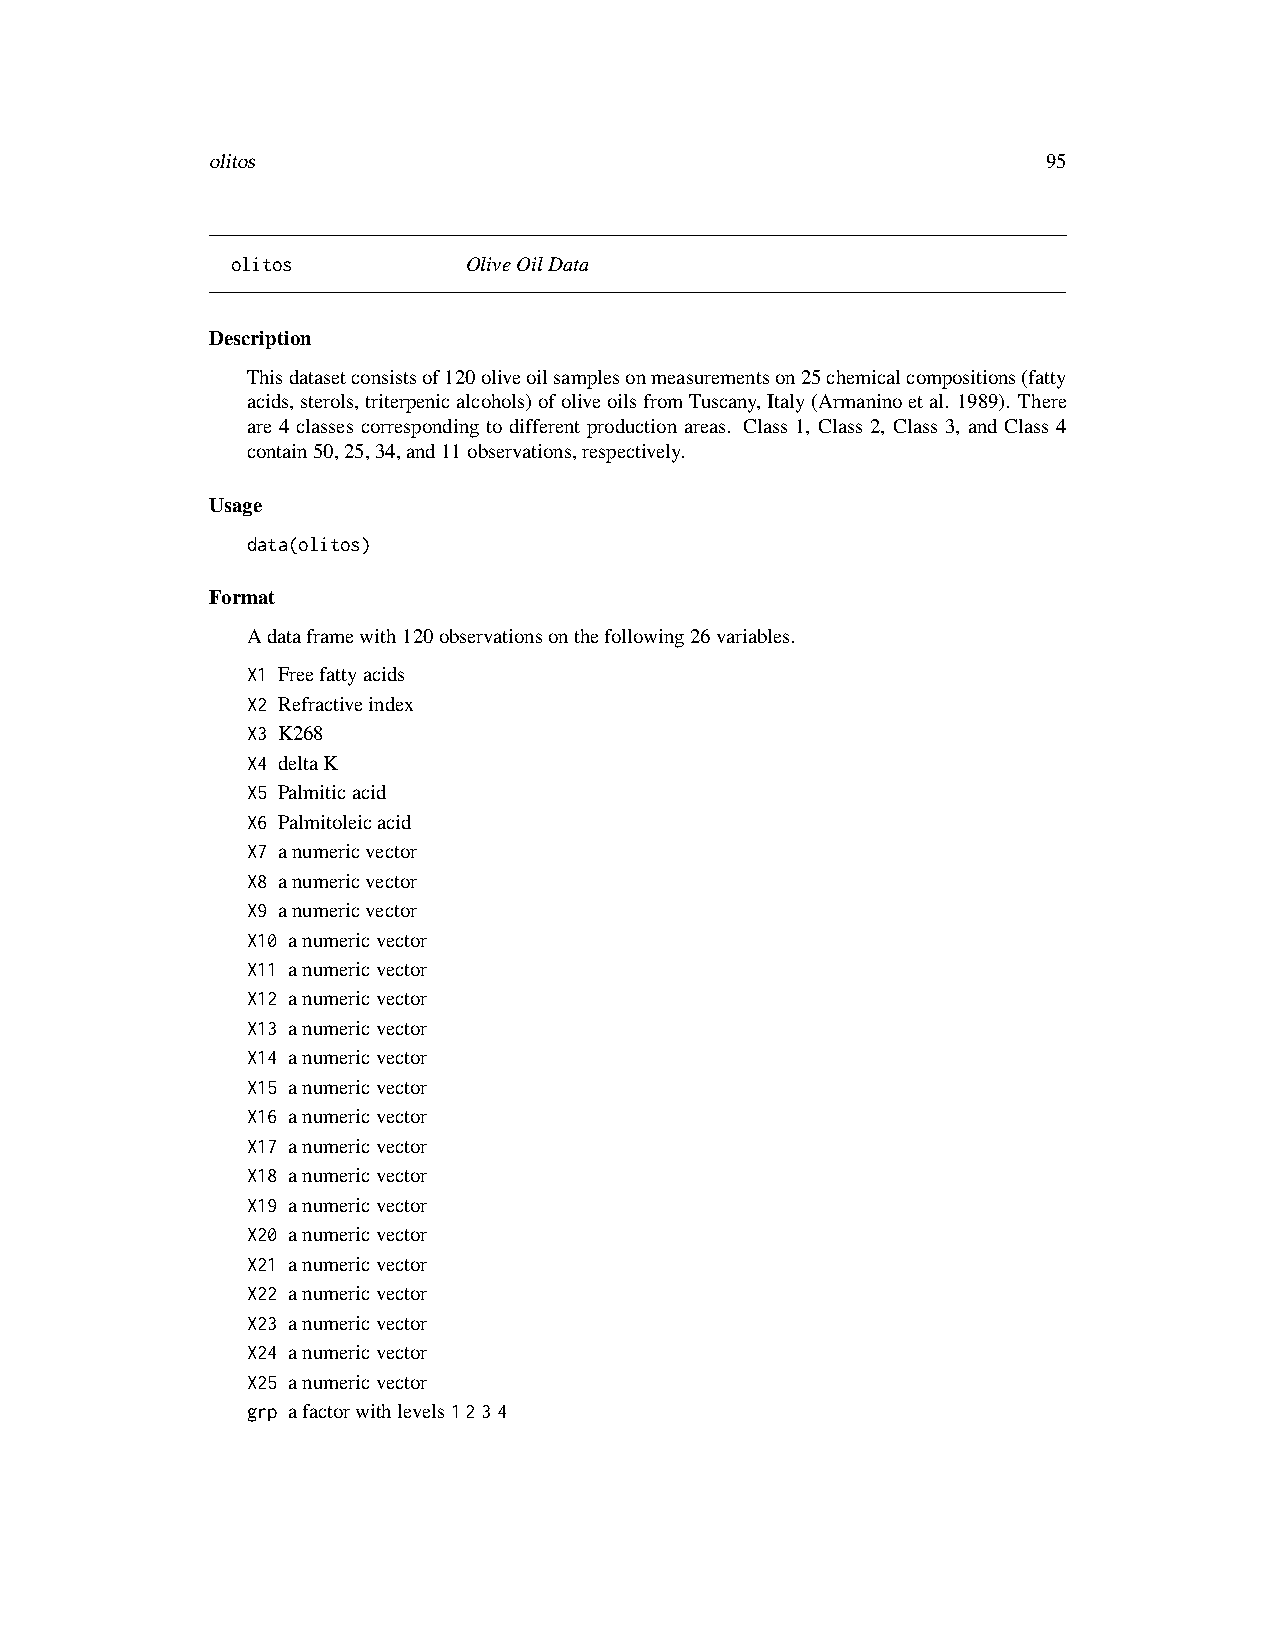
olitos                                                 95
 olitos          OliveOilData
 Description
 Thisdatasetconsistsof120oliveoilsamplesonmeasurementson25chemicalcompositions(fatty
 acids,sterols,triterpenicalcohols)ofoliveoilsfromTuscany,Italy(Armaninoetal. 1989). There
 are 4 classes corresponding to different production areas. Class 1, Class 2, Class 3, and Class 4
 contain50,25,34,and11observations,respectively.
 Usage
 data(olitos)
 Format
 Adataframewith120observationsonthefollowing26variables.
 X1 Freefattyacids
 X2 Refractiveindex
 X3 K268
 X4 deltaK
 X5 Palmiticacid
 X6 Palmitoleicacid
 X7 anumericvector
 X8 anumericvector
 X9 anumericvector
 X10 anumericvector
 X11 anumericvector
 X12 anumericvector
 X13 anumericvector
 X14 anumericvector
 X15 anumericvector
 X16 anumericvector
 X17 anumericvector
 X18 anumericvector
 X19 anumericvector
 X20 anumericvector
 X21 anumericvector
 X22 anumericvector
 X23 anumericvector
 X24 anumericvector
 X25 anumericvector
 grp afactorwithlevels1234